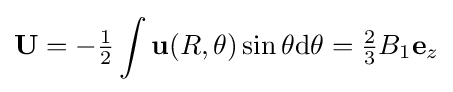
\mathbf {U} =-{\tfrac {1}{2}}\int \mathbf {u} (R,\theta )\sin \theta \mathrm {d} \theta ={\tfrac {2}{3}}B_{1}\mathbf {e} _{z}